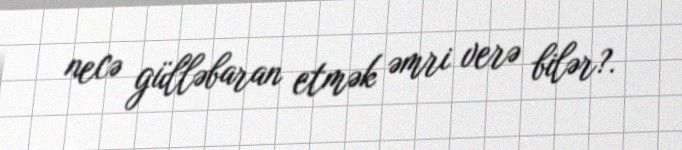
necə gülləbaran etmək əmri verə bilər?.